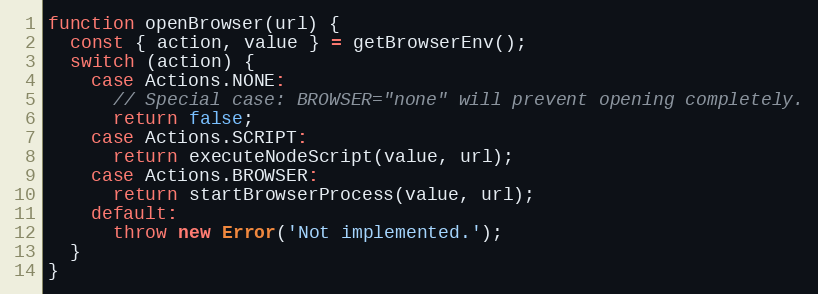
Language: JavaScript
function openBrowser(url) {
  const { action, value } = getBrowserEnv();
  switch (action) {
    case Actions.NONE:
      // Special case: BROWSER="none" will prevent opening completely.
      return false;
    case Actions.SCRIPT:
      return executeNodeScript(value, url);
    case Actions.BROWSER:
      return startBrowserProcess(value, url);
    default:
      throw new Error('Not implemented.');
  }
}